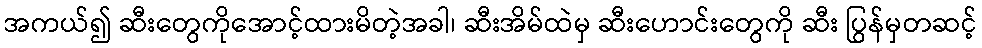
အကယ်၍ ဆီးတွေကိုအောင့်ထားမိတဲ့အခါ၊ ဆီးအိမ်ထဲမှ ဆီးဟောင်းတွေကို ဆီး ပြွန်မှတဆင့်